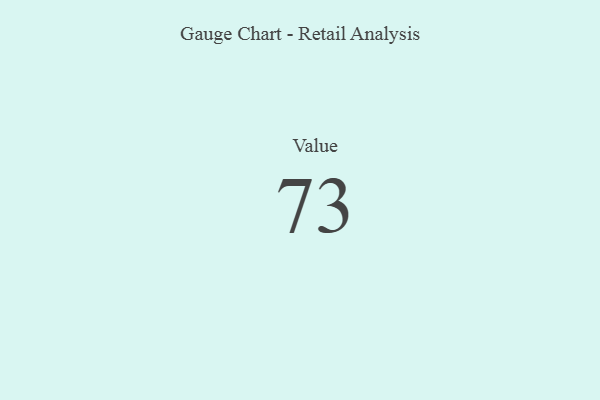
{"axis": {"x": "Metric", "y": "Value"}, "legend": [""], "data": [{"x": "Value", "y": 73, "type": ""}]}